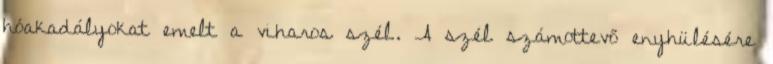
hóakadályokat emelt a viharos szél. A szél számottevő enyhülésére